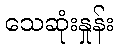
သေဆုံးနှုန်း